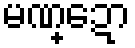
မဏ္ဍော